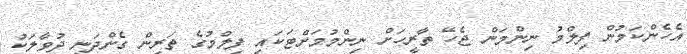
އެހެންކަމުން ފިލްމު ނިންމަން ޖެހޭ ތާރީހަށް ނިންމުމަށްޓަކައި ފިލްމުގެ ތަރިން ގެންދަނީ ދުވާލަކު